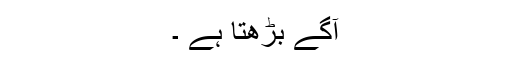
آگے بڑھتا ہے ۔